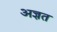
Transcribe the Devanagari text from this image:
अज्ञत